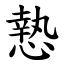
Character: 慹